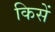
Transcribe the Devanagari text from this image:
किसें